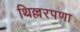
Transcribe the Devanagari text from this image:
थिल्लरपणा